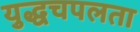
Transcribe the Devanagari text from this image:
युद्धचपलता